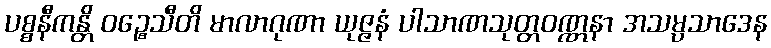
ပစ္စနီကန္တိ ဝဉ္စေသီတိ မာလာဂုဏာ ယုဇ္ဇနံ ပါသာဏသုတ္တဝဏ္ဏနာ အသမ္ပသာဒေန